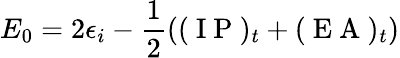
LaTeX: E_{0}=2\epsilon_{i}-\frac{1}{2}((\mathrm{~I~P~})_{t}+(\mathrm{~E~A~})_{t})